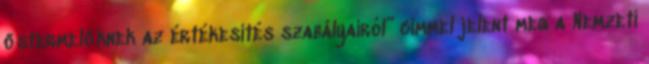
őstermelőknek az értékesítés szabályairól” címmel jelent meg a Nemzeti